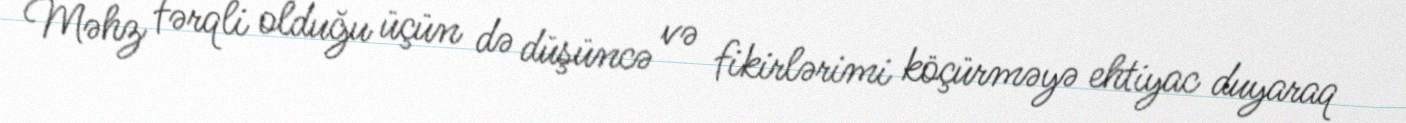
Məhz fərqli olduğu üçün də düşüncə və fikirlərimi köçürməyə ehtiyac duyaraq